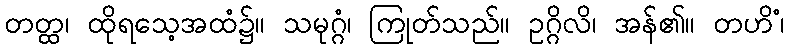
တတ္ထ၊ ထိုရသေ့အထံ၌။ သမုဂ္ဂံ၊ ကြုတ်သည်။ ဥဂ္ဂိလိ၊ အန်၏။ တဟိံ၊